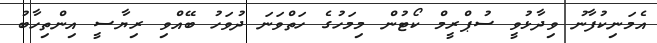
އެމަނިކުފާނު ވިދާޅުވީ ސުޕްރީމް ކޯޓުން މިމަހުގެ ހަތްވަނަ ދުވަހު ބޭއްވި ރިޔާސީ އިންތިހާބު